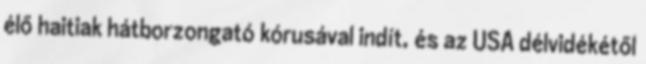
élő haitiak hátborzongató kórusával indít, és az USA délvidékétől